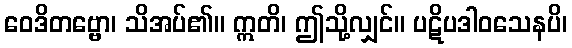
ဝေဒိတဗ္ဗော၊ သိအပ်၏။ ဣတိ၊ ဤသို့လျှင်။ ပဋိပဒါဝသေနပိ၊